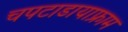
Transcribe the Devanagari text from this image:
चपटाडायाफ्राम